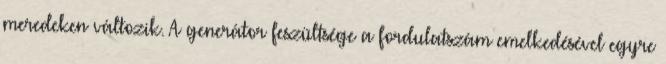
meredeken változik. A generátor feszültsége a fordulatszám emelkedésével egyre